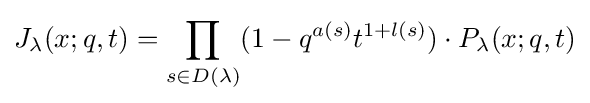
J_{\lambda }(x;q,t)=\prod _{s\in D(\lambda )}(1-q^{a(s)}t^{1+l(s)})\cdot P_{\lambda }(x;q,t)